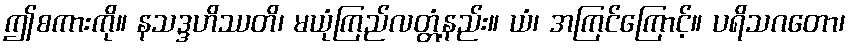
ဤစကားကို။ နသဒ္ဒဟိဿတိ၊ မယုံကြည်လတ္တံ့နည်း။ ယံ၊ အကြင်ကြောင့်။ ပရိသဂတော၊